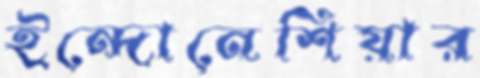
ইন্দোনেশিয়ার